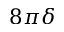
8 \pi \delta